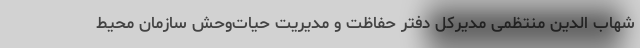
شهاب الدین منتظمی مدیرکل دفتر حفاظت و مدیریت حیات‌وحش سازمان محیط